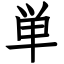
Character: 単